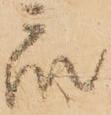
衆